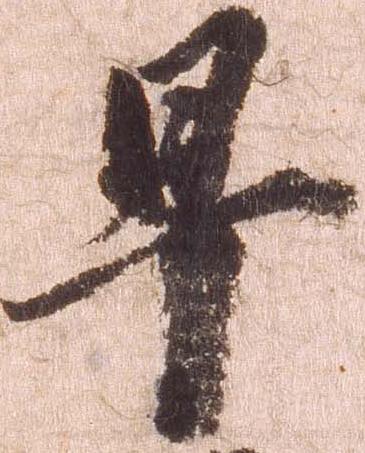
早